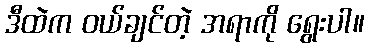
ဒီထဲက ဝယ်ချင်တဲ့ အရာကို ရွေးပါ။